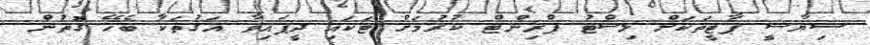
ސިޔާސީ ޕާޓީތަކަށް ލިސްޓު ޕްރިންޓް ކުރުމަށް ޓަކައި ދީފައިވާ އަގުތަކާ ބެހޭ ގޮތުން